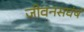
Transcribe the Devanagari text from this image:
जीवनसघंर्ष